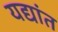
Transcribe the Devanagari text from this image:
यद्यांत